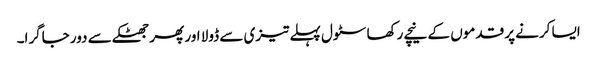
ایسا کرنے پر قدموں کے نیچے رکھا سٹول پہلے تیزی سے ڈولا اور پھر جھٹکے سے دور جاگرا۔